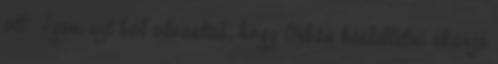
ott Igen, ezt hol olvastad, hogy Orbán késleltetni akarja